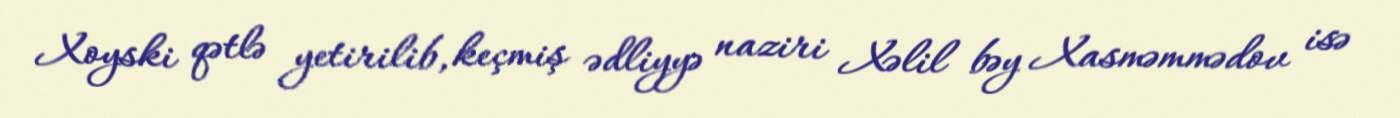
Xoyski qətlə yetirilib, keçmiş ədliyyə naziri Xəlil bəy Xasməmmədov isə